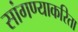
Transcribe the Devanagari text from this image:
सांगण्याकरिता